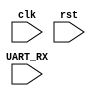
`timescale 1ns/1ps

//Baud Rate = 9600 bits per sec
//FPGA Clock = 100MHz
//Clock Cycles Per Bit = 100000000/9600 = 10417

module UARTRX #(
	parameter DATA_WIDTH = 8,
	parameter CLOCKS_PER_BIT = 10417
)(
	input clk,
	input rst,
	input UART_RX 
);

localparam IDLE = 2'b00,
           RX   = 2'b01,
           STOP = 2'b10;

reg [DATA_WIDTH-1:0]rxBuff;
reg [$clog2(DATA_WIDTH)-1:0]dataBits;
reg [$clog2(10417)-1:0]count;
reg [$clog2(DATA_WIDTH)-1:0]index;
reg uartRxReg;
wire fallEdgeDetected;
reg startCount;

reg [1:0]pState;

assign startBitDetected = ~UART_RX && uartRxReg;
assign stopBitDetected = UART_RX && ~uartRxReg;

always@(posedge clk)begin
	uartRxReg <= UART_RX;
end


always@(posedge clk)begin
	if(rst)begin
		count <= 'h0;
		index <= 'h0;
		dataBits <= 'h0;
	end else begin
		case(pState)
			IDLE: begin
				if(startBitDetected) begin
					if(count < (CLOCKS_PER_BIT/2)-1)begin
						count <= count + 1'b1;
						pState <= IDLE;
					end else if(count == (CLOCKS_PER_BIT/2)-1)begin
						count <= 'h0;
						pState <= RX;
					end
				end
			end

			RX: begin
				if(dataBits < (DATA_WIDTH-1) && count < CLOCKS_PER_BIT-1)begin
					count <= count + 1'b1;
					pState <= RX;
				end else if(dataBits < (DATA_WIDTH-1) && count == CLOCKS_PER_BIT-1)begin
					count <= 'h0;
					rxBuff[index] <= UART_RX;
					index <= index + 1'b1;
					dataBits <= dataBits + 1'b1;
					pState <= RX;
				end else begin
					dataBits <= 'h0;
					index <= 'h0;
					pState <= STOP;
				end
			end

			STOP: begin
				if(stopBitDetected)begin
					pState <= IDLE;
				end
			end
		endcase
	end
end

endmodule